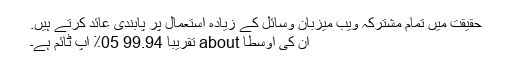
حقیقت میں تمام مشترکہ ویب میزبان وسائل کے زیادہ استعمال پر پابندی عائد کرتے ہیں.
ان کی اوسطا about تقریبا 99.94 05٪ اپ ٹائم ہے۔